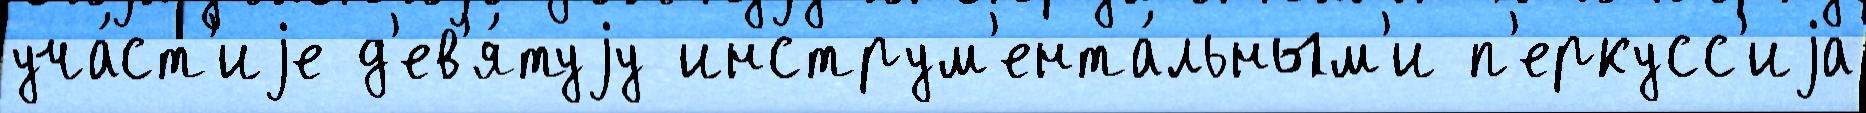
уча́ст'иjе д'ев'я́туjу инструм'ента́льным'и п'еркусс'иjа